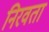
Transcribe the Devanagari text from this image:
निरवता